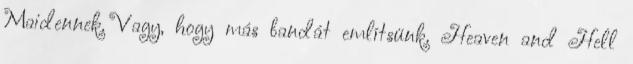
Maidennek. Vagy, hogy más bandát emlí­tsünk. Heaven and Hell